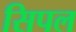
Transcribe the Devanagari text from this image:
सिपल